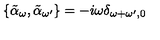
\{ \tilde { \alpha } _ { \omega } , \tilde { \alpha } _ { \omega ^ { \prime } } \} = - i \omega \delta _ { \omega + \omega ^ { \prime } , 0 }